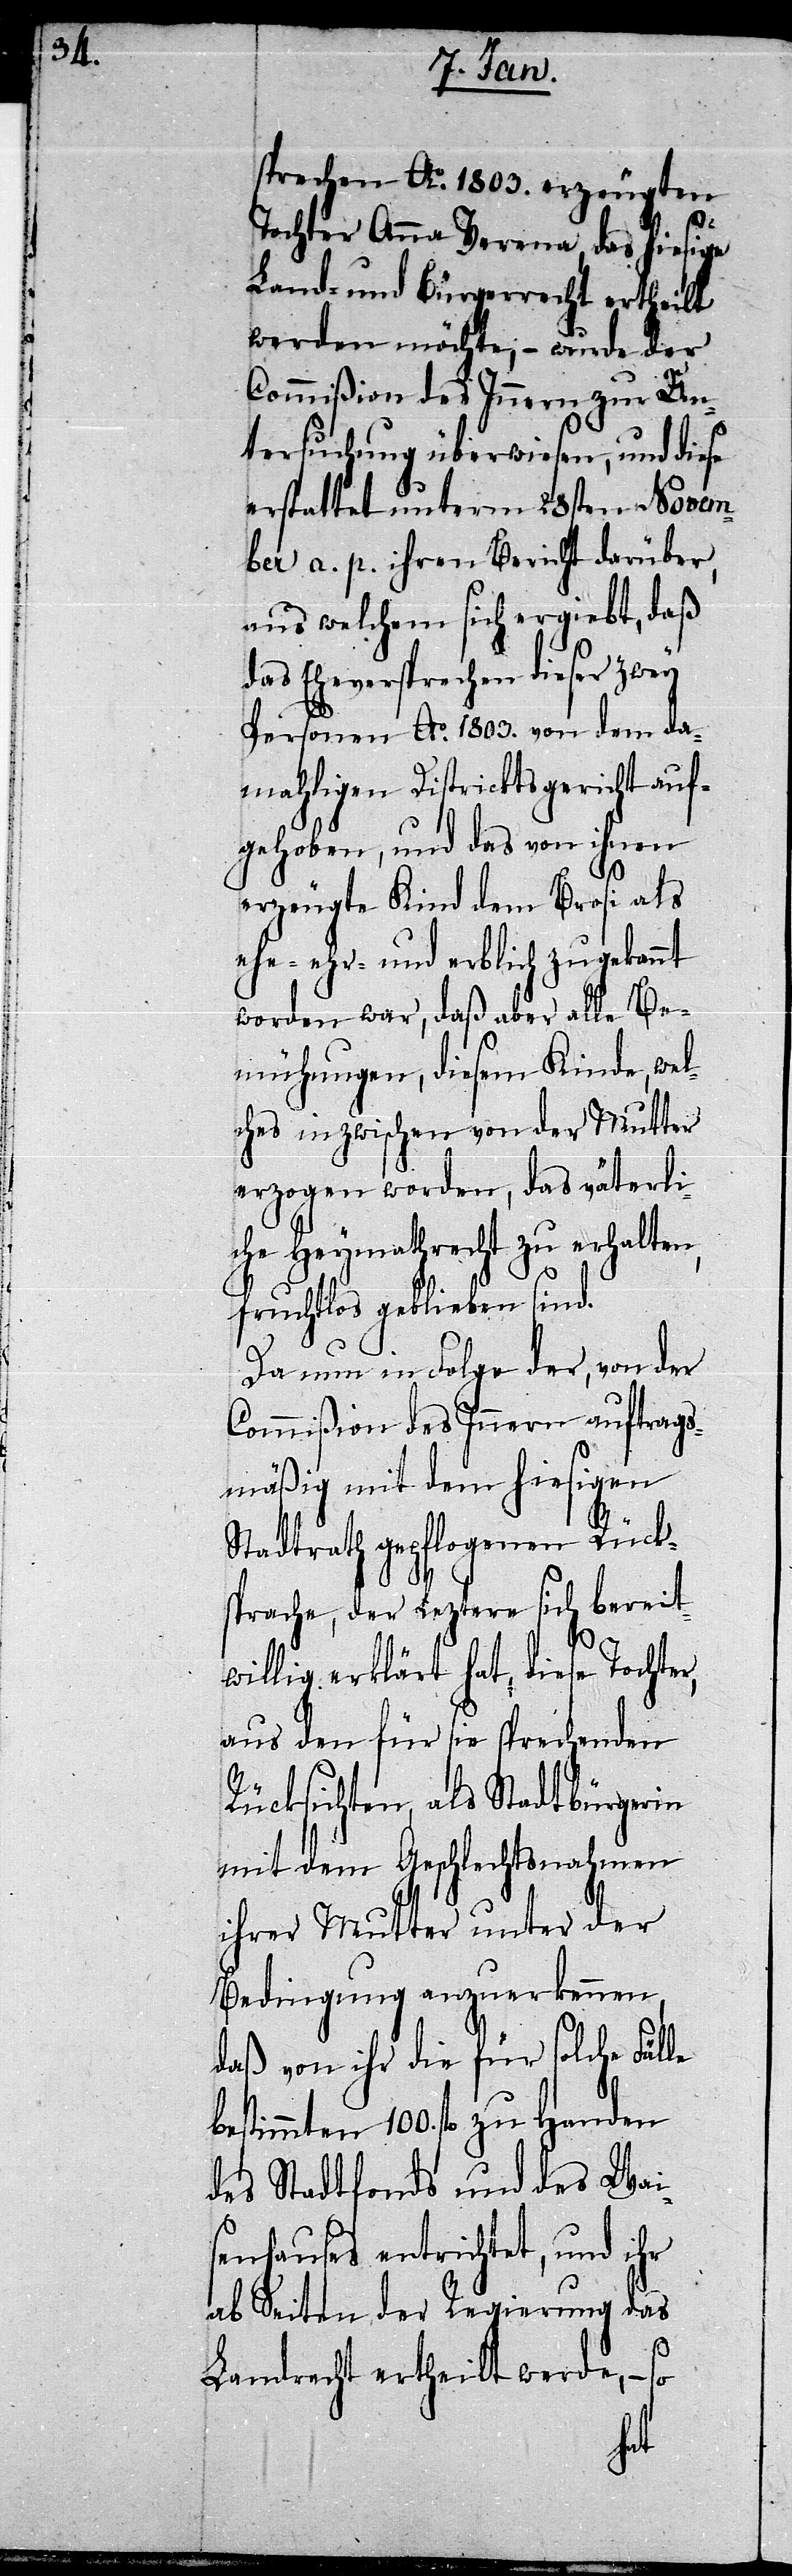
sprechen Ao. 1803. erzeugten
Tochter Anna Verena, das hiesige
Land- und Bürgerrecht ertheilt
werden möchte, – wurde der
Commißion des Innern zur Un¬
tersuchung überwiesen, und diese
erstattet unterm 28sten Novem¬
ber a. p. ihren Bericht darüber,
aus welchem sich ergiebt, daß
das Eheversprechen dieser zwey
Personen Ao. 1803. von dem da¬
mahligen Districktsgericht auf¬
gehoben, und das von ihnen
erzeugte Kind dem Brosi als
ehr- und erblich zugekannt
worden war, daß aber alle Be¬
mühungen, diesem Kinde, wel¬
ches inzwischen von der Mutter
erzogen worden, das väterli¬
che Heymathrecht zu erhalten,
fruchtlos geblieben sind.
Da nun in Folge der, von der
Commißion des Innern auftrags¬
mäßig mit dem hiesigen
Stadtrath gepflogenen Rück¬
sprache, der Leztere sich bereit¬
willig erklärt hat, diese Tochter,
aus den für sie sprechenden
Rücksichten, als Stadtbürgerin
mit dem Geschlechtsnahmen
ihrer Mutter unter der
Bedingung anzuerkennen,
daß von ihr die für solche Fäl¬
bestimmten 100. fl. zu Handen
des Stadtfonds und des Wais¬
enhauses entrichtet, und ihr
ab Seiten der Regierung das
Landrecht ertheilt werde, – so
le